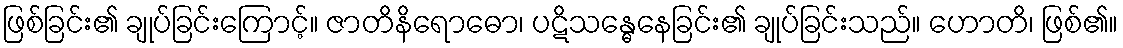
ဖြစ်ခြင်း၏ ချုပ်ခြင်းကြောင့်။ ဇာတိနိရောဓော၊ ပဋိသန္ဓေနေခြင်း၏ ချုပ်ခြင်းသည်။ ဟောတိ၊ ဖြစ်၏။